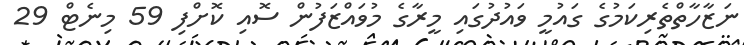
ނަޒާހާތްތެރިކަމުގެ ގައުމީ ވައުދުގައި މީރާގެ މުވައްޒަފުން ސޮއި ކޮށްފި 59 މިނެޓް 29